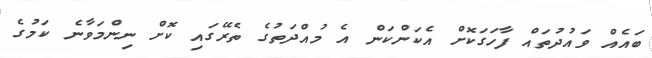
ބައެއް ވައުދުތައް ފާހަގަކޮށް އެކަންކަން އެ މުއްދަތުގެ ތެރޭގައި ކޮށް ނިންމަވާނެ ކަމުގެ